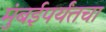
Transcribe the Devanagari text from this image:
मुंबईपर्यंतचा